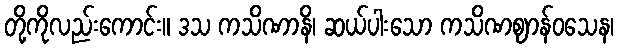
တို့ကိုလည်းကောင်း။ ဒသ ကသိဏာနိ၊ ဆယ်ပါးသော ကသိဏဈာန်ဝသေန၊